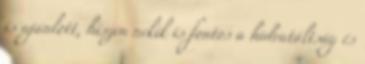
is ajánlott, hiszen nekik is fontos a hidratáltság és